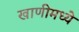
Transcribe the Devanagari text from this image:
खाणीमध्ये